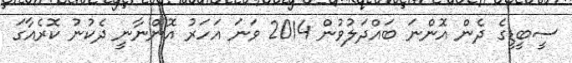
ސީބީޑީގެ ދެން އޮންނަ ބައްދަލުވުން 2014 ވަނަ އަހަރު އޮންނާނީ ދެކުނު ކޮރެއާގަ